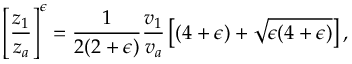
\left[ { \frac { z _ { 1 } } { z _ { a } } } \right] ^ { \epsilon } = { \frac { 1 } { 2 ( 2 + \epsilon ) } } { \frac { v _ { 1 } } { v _ { a } } } \left[ ( 4 + \epsilon ) + \sqrt { \epsilon ( 4 + \epsilon ) } \right] ,